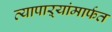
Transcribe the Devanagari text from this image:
व्यापाऱ्यांमार्फत